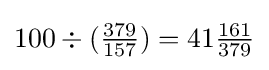
100\div ({\tfrac {379}{157}})=41{\tfrac {161}{379}}